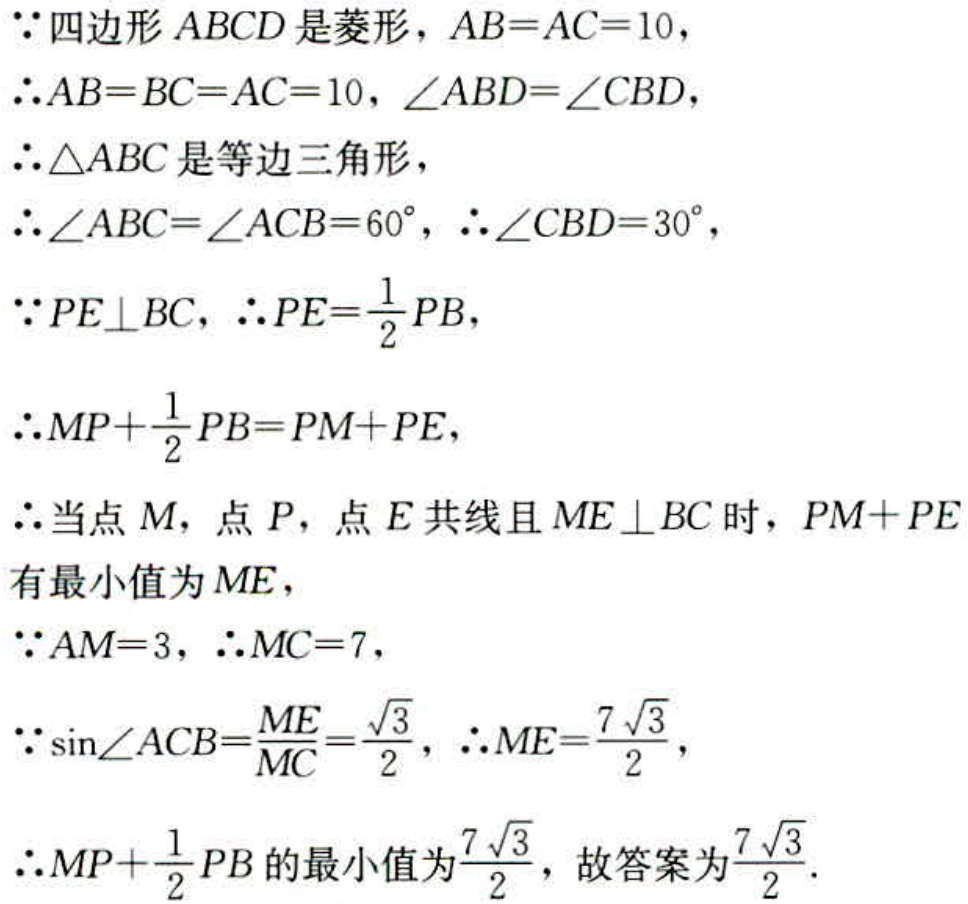
$\because$四边形$ABCD$是菱形，$AB = AC = 10$，
$\therefore AB = BC = AC = 10$，$\angle ABD=\angle CBD$，
$\therefore \triangle ABC$是等边三角形，
$\therefore \angle ABC=\angle ACB = 60^{\circ}$，$\therefore \angle CBD = 30^{\circ}$，
$\because PE\perp BC$，$\therefore PE=\frac{1}{2}PB$，
$\therefore MP+\frac{1}{2}PB = PM + PE$，
$\therefore$当点$M$，点$P$，点$E$共线且$ME\perp BC$时，$PM + PE$
有最小值为$ME$，
$\because AM = 3$，$\therefore MC = 7$，
$\because \sin\angle ACB=\frac{ME}{MC}=\frac{\sqrt{3}}{2}$，$\therefore ME=\frac{7\sqrt{3}}{2}$，
$\therefore MP+\frac{1}{2}PB$的最小值为$\frac{7\sqrt{3}}{2}$，故答案为$\frac{7\sqrt{3}}{2}$.